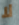
لا